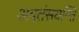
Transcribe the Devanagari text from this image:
अवतंसयन्ति